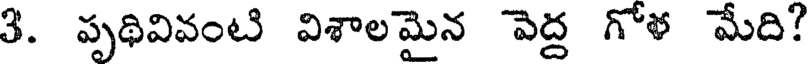
3. పృథివివంటి విశాలమైన వెద్ద గోళ మేది?